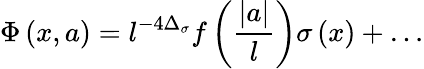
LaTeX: \Phi\left(x,a\right)=l^{-4\Delta_{\sigma}}f\left({\frac{|a|}{l}}\right)\sigma\left(x\right)+\ldots